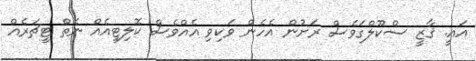
އައީ. ޤާޒީ ސްކޫލްގަވެސް ރަށުން އެހެން ވަކިވި އެއްވެސް ކޮލިޓީއެއް ނެތް ޓީޗަރެއް